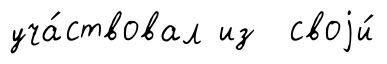
уча́ствовал из своjи́